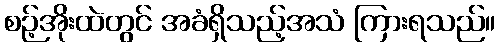
စဉ့်အိုးထဲတွင် အခံရှိသည့်အသံ ကြားရသည်။